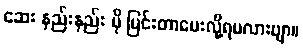
ဆေး နည်းနည်း ပို ပြင်းတာပေးလို့ရမလားဗျာ။